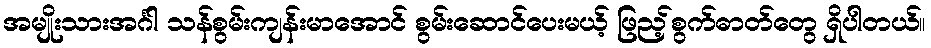
အမျိုးသားအင်္ဂါ သန်စွမ်းကျန်းမာအောင် စွမ်းဆောင်ပေးမယ့် ဖြည့်စွက်ဓာတ်တွေ ရှိပါတယ်။